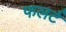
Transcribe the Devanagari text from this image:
फलर्ट